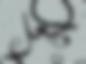
جعل